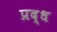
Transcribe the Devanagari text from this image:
प्रद्ध